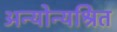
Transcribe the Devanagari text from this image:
अन्योन्यश्रित